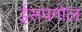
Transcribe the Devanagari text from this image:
ईसपगोल